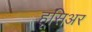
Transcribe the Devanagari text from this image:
हूसिअर